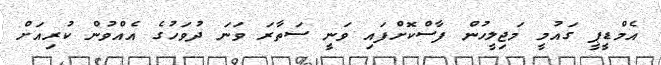
އެމްޑީޕީ ގައުމީ މަޖިލީހުން ފާސްކޮށްފައި ވަނީ ސަތާރަ ވަނަ ދުވަހުގެ އެއްވުން ކުރިއަށް